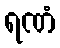
ရဏံ